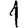
Digit: 1